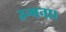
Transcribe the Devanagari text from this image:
उन्मना।